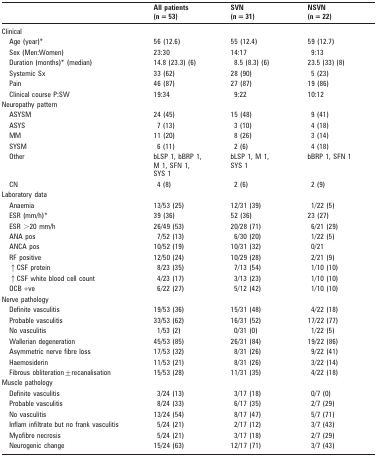
<table><thead><tr><td></td><td><b>All patients (n = 53)</b></td><td><b>SVN (n = 31)</b></td><td><b>NSVN (n = 22)</b></td></tr></thead><tbody><tr><td>Clinical</td><td></td><td></td><td></td></tr><tr><td>Age (year)*</td><td>56 (12.6)</td><td>55 (12.4)</td><td>59 (12.7)</td></tr><tr><td>Sex (Men:Women)</td><td>23:30</td><td>14:17</td><td>9:13</td></tr><tr><td>Duration (months)* (median)</td><td>14.8 (23.3) (6)</td><td>8.5 (8.3) (6)</td><td>23.5 (33) (8)</td></tr><tr><td>Systemic Sx</td><td>33 (62)</td><td>28 (90)</td><td>5 (23)</td></tr><tr><td>Pain</td><td>46 (87)</td><td>27 (87)</td><td>19 (86)</td></tr><tr><td>Clinical course P:SW</td><td>19:34</td><td>9:22</td><td>10:12</td></tr><tr><td>Neuropathy pattern</td><td></td><td></td><td></td></tr><tr><td>ASYSM</td><td>24 (45)</td><td>15 (48)</td><td>9 (41)</td></tr><tr><td>ASYS</td><td>7 (13)</td><td>3 (10)</td><td>4 (18)</td></tr><tr><td>MM</td><td>11 (20)</td><td>8 (26)</td><td>3 (14)</td></tr><tr><td>SYSM</td><td>6 (11)</td><td>2 (6)</td><td>4 (18)</td></tr><tr><td>Other</td><td>bLSP 1, bBRP 1,M 1, SFN 1,SYS 1</td><td>bLSP 1, M 1,SYS 1</td><td>bBRP 1, SFN 1</td></tr><tr><td>CN</td><td>4 (8)</td><td>2 (6)</td><td>2 (9)</td></tr><tr><td>Laboratory data</td><td></td><td></td><td></td></tr><tr><td>Anaemia</td><td>13/53 (25)</td><td>12/31 (39)</td><td>1/22 (5)</td></tr><tr><td>ESR (mm/h)*</td><td>39 (36)</td><td>52 (36)</td><td>23 (27)</td></tr><tr><td>ESR &gt;20 mm/h</td><td>26/49 (53)</td><td>20/28 (71)</td><td>6/21 (29)</td></tr><tr><td>ANA pos</td><td>7/52 (13)</td><td>6/30 (20)</td><td>1/22 (5)</td></tr><tr><td>ANCA pos</td><td>10/52 (19)</td><td>10/31 (32)</td><td>0/21</td></tr><tr><td>RF positive</td><td>12/50 (24)</td><td>10/29 (28)</td><td>2/21 (9)</td></tr><tr><td>↑CSF protein</td><td>8/23 (35)</td><td>7/13 (54)</td><td>1/10 (10)</td></tr><tr><td>↑CSF white blood cell count</td><td>4/23 (17)</td><td>3/13 (23)</td><td>1/10 (10)</td></tr><tr><td>OCB +ve</td><td>6/22 (27)</td><td>5/12 (42)</td><td>1/10 (10)</td></tr><tr><td>Nerve pathology</td><td></td><td></td><td></td></tr><tr><td>Definite vasculitis</td><td>19/53 (36)</td><td>15/31 (48)</td><td>4/22 (18)</td></tr><tr><td>Probable vasculitis</td><td>33/53 (62)</td><td>16/31 (52)</td><td>17/22 (77)</td></tr><tr><td>No vasculitis</td><td>1/53 (2)</td><td>0/31 (0)</td><td>1/22 (5)</td></tr><tr><td>Wallerian degeneration</td><td>45/53 (85)</td><td>26/31 (84)</td><td>19/22 (86)</td></tr><tr><td>Asymmetric nerve fibre loss</td><td>17/53 (32)</td><td>8/31 (26)</td><td>9/22 (41)</td></tr><tr><td>Haemosiderin</td><td>11/53 (21)</td><td>8/31 (26)</td><td>3/22 (14)</td></tr><tr><td>Fibrous obliteration±recanalisation</td><td>15/53 (28)</td><td>11/31 (35)</td><td>4/22 (18)</td></tr><tr><td>Muscle pathology</td><td></td><td></td><td></td></tr><tr><td>Definite vasculitis</td><td>3/24 (13)</td><td>3/17 (18)</td><td>0/7 (0)</td></tr><tr><td>Probable vasculitis</td><td>8/24 (33)</td><td>6/17 (35)</td><td>2/7 (29)</td></tr><tr><td>No vasculitis</td><td>13/24 (54)</td><td>8/17 (47)</td><td>5/7 (71)</td></tr><tr><td>Inflam infiltrate but no frank vasculitis</td><td>5/24 (21)</td><td>2/17 (12)</td><td>3/7 (43)</td></tr><tr><td>Myofibre necrosis</td><td>5/24 (21)</td><td>3/17 (18)</td><td>2/7 (29)</td></tr><tr><td>Neurogenic change</td><td>15/24 (63)</td><td>12/17 (71)</td><td>3/7 (43)</td></tr></tbody></table>